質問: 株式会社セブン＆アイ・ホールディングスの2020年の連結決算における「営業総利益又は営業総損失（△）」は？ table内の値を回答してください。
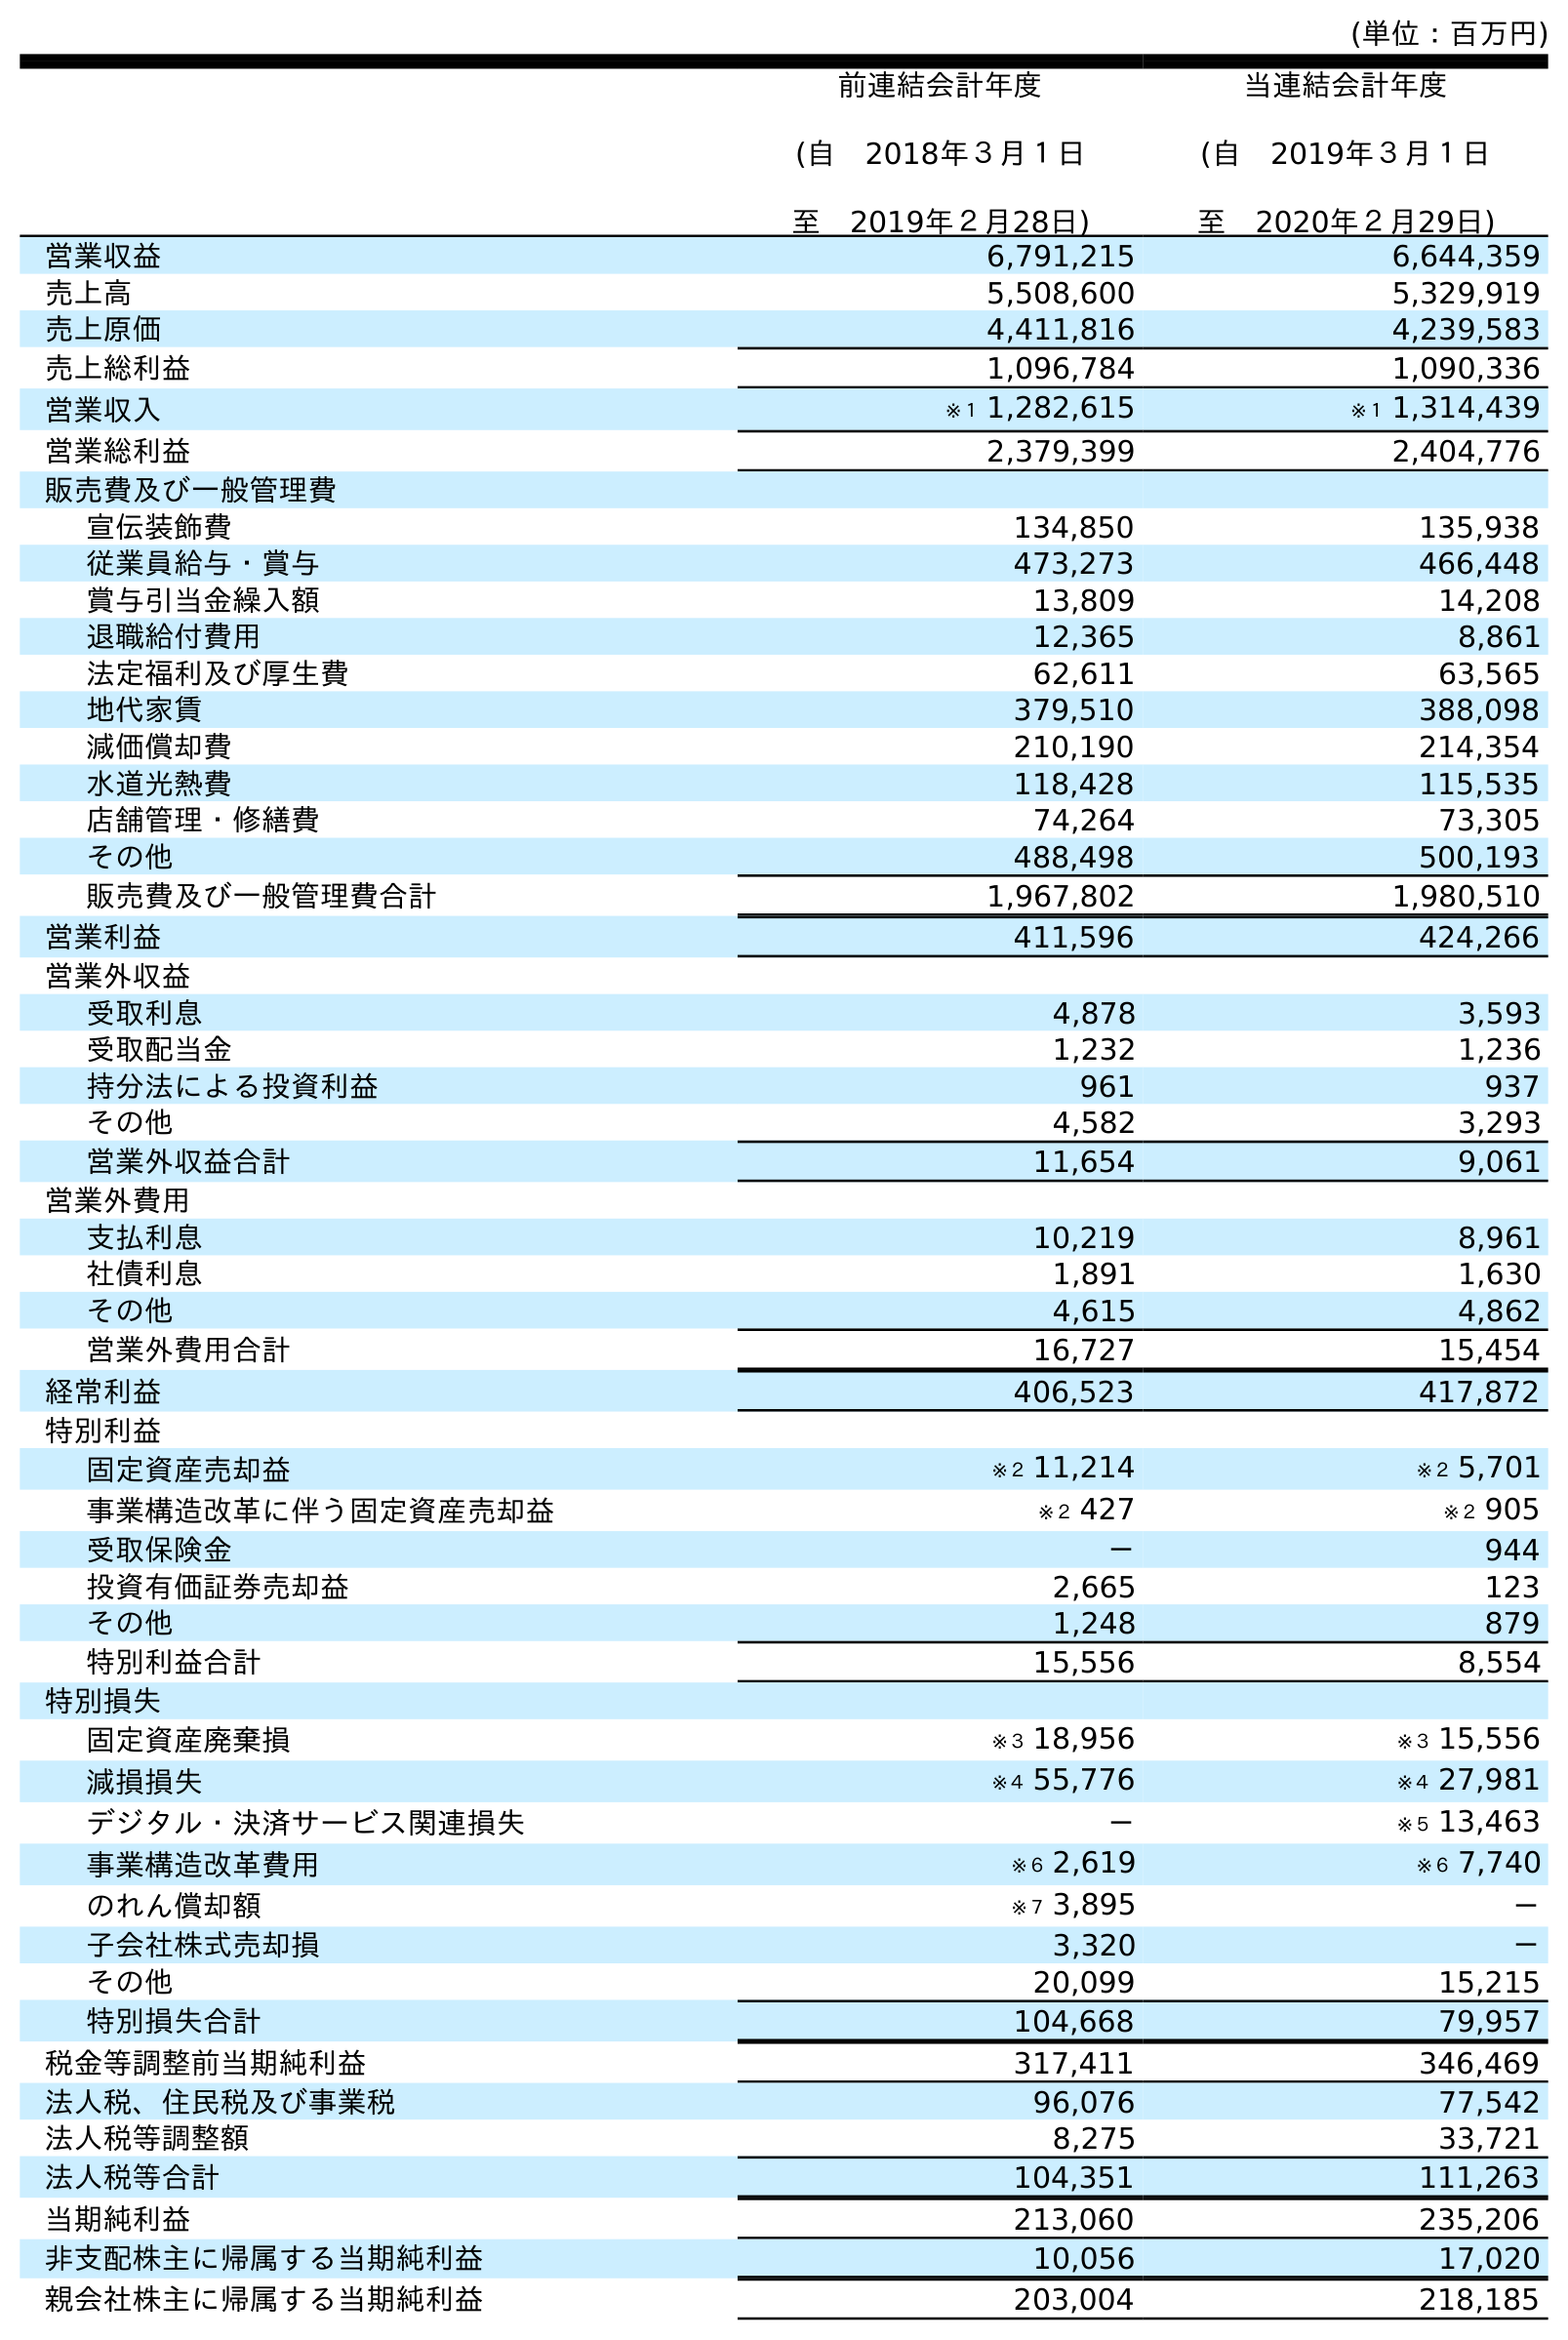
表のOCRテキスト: (単位：百万円) 前連結会計年度 (自 2018年３月１日 至 2019年２月28日) 当連結会計年度 (自 2019年３月１日 至 2020年２月29日) 営業収益 6,791,215 6,644,359 売上高 5,508,600 5,329,919 売上原価 4,411,816 4,239,583 売上総利益 1,096,784 1,090,336 営業収入 ※１ 1,282,615 ※１ 1,314,439 営業総利益 2,379,399 2,404,776 販売費及び一般管理費 宣伝装飾費 134,850 135,938 従業員給与・賞与 473,273 466,448 賞与引当金繰入額 13,809 14,208 退職給付費用 12,365 8,861 法定福利及び厚生費 62,611 63,565 地代家賃 379,510 388,098 減価償却費 210,190 214,354 水道光熱費 118,428 115,535 店舗管理・修繕費 74,264 73,305 その他 488,498 500,193 販売費及び一般管理費合計 1,967,802 1,980,510 営業利益 411,596 424,266 営業外収益 受取利息 4,878 3,593 受取配当金 1,232 1,236 持分法による投資利益 961 937 その他 4,582 3,293 営業外収益合計 11,654 9,061 営業外費用 支払利息 10,219 8,961 社債利息 1,891 1,630 その他 4,615 4,862 営業外費用合計 16,727 15,454 経常利益 406,523 417,872 特別利益 固定資産売却益 ※２ 11,214 ※２ 5,701 事業構造改革に伴う固定資産売却益 ※２ 427 ※２ 905 受取保険金 － 944 投資有価証券売却益 2,665 123 その他 1,248 879 特別利益合計 15,556 8,554 特別損失 固定資産廃棄損 ※３ 18,956 ※３ 15,556 減損損失 ※４ 55,776 ※４ 27,981 デジタル・決済サービス関連損失 － ※５ 13,463 事業構造改革費用 ※６ 2,619 ※６ 7,740 のれん償却額 ※７ 3,895 － 子会社株式売却損 3,320 － その他 20,099 15,215 特別損失合計 104,668 79,957 税金等調整前当期純利益 317,411 346,469 法人税、住民税及び事業税 96,076 77,542 法人税等調整額 8,275 33,721 法人税等合計 104,351 111,263 当期純利益 213,060 235,206 非支配株主に帰属する当期純利益 10,056 17,020 親会社株主に帰属する当期純利益 203,004 218,185
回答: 2,404,776